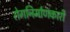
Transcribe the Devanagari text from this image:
रोगनिर्माणकारी